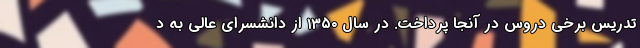
تدریس برخی دروس در آنجا پرداخت. در سال ۱۳۵۰ از دانشسرای عالی به د